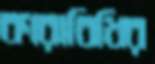
কারাবিধির